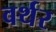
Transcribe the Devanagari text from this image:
वर्थर